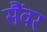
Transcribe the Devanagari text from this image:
सैंवर